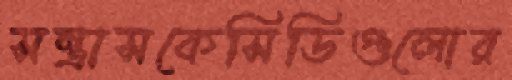
সন্ত্রাসকেসিডিগুলোর